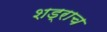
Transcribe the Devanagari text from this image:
शड्राच